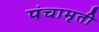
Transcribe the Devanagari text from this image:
पंचामृती